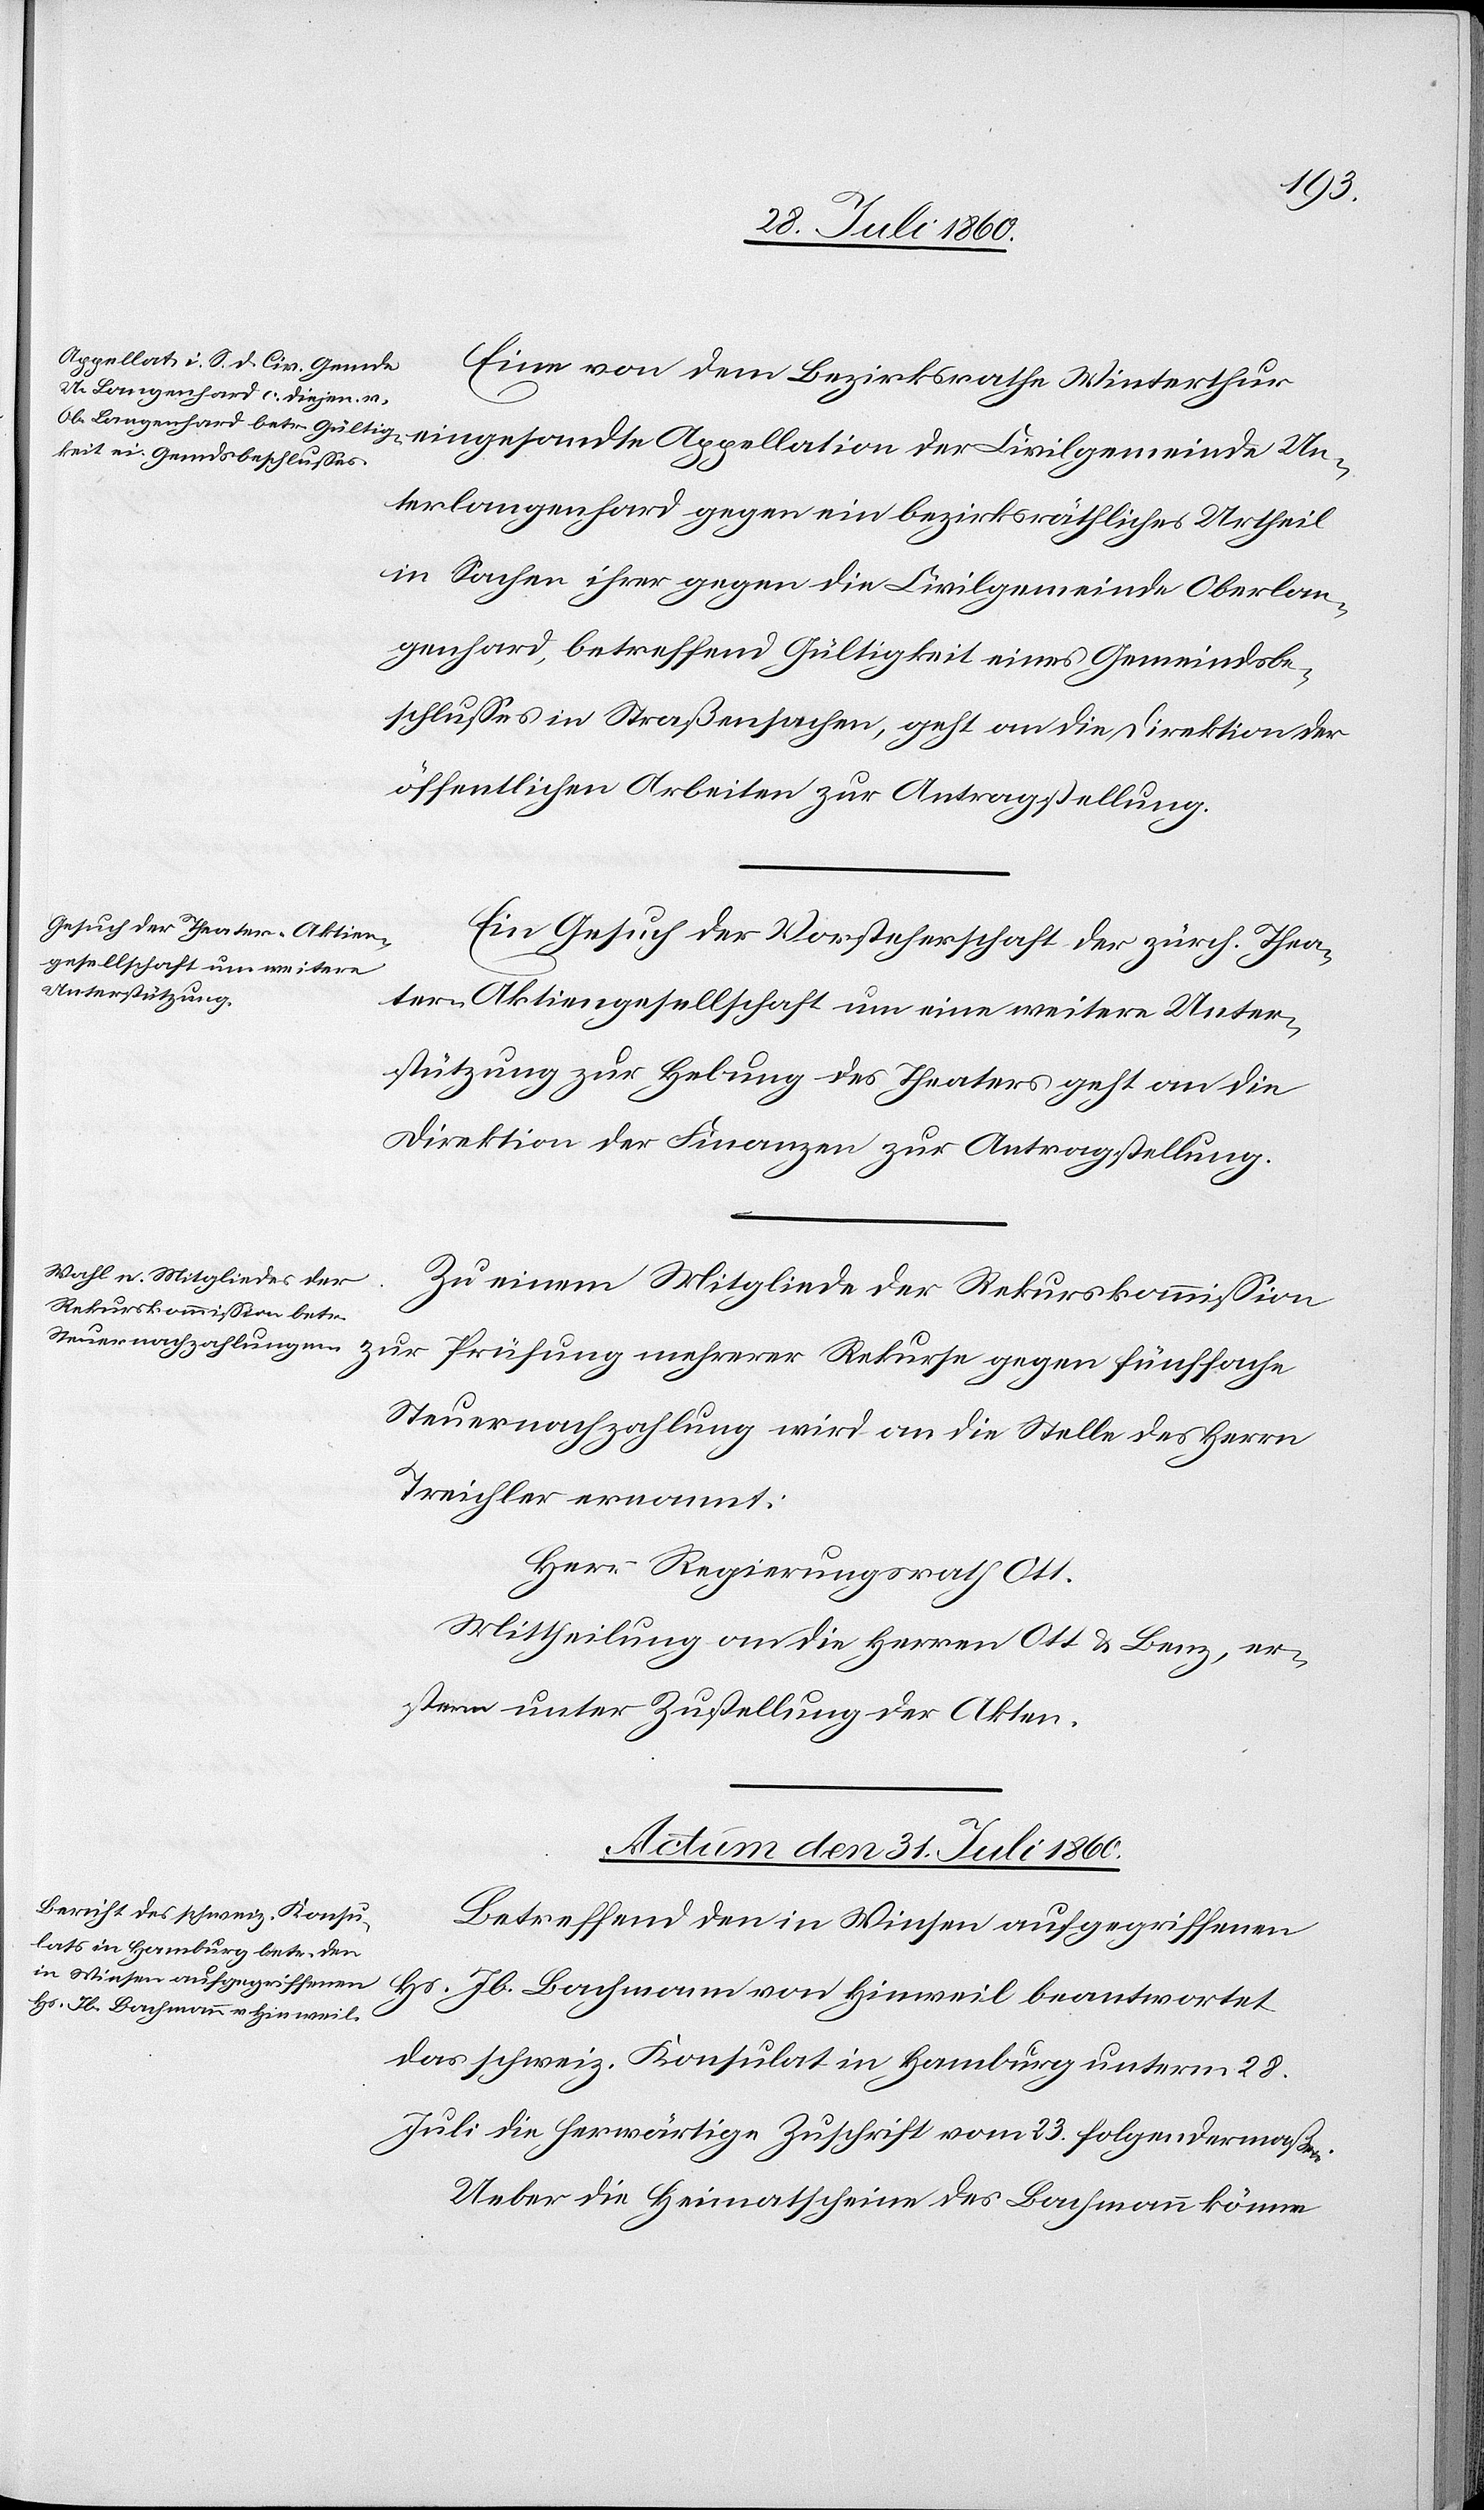
Eine von dem Bezirksrathe Winterthur
Unterlangenhard gegen ein bezirksräthliches Urtheil
in Sachen ihrer gegen die Civilgemeinde Oberlan¬
genhard betreffend Gültigkeit eines Gemeindsbe¬
schlusses in Straßensachen geht an die Direktion der
öffentlichen Arbeiten zur Antragstellung.
Ein Gesuch der Vorsteherschaft der Zürcher-Thea¬
ter-Aktiengesellschaft um eine weitere Unter¬
stützung zur Hebung des Theaters geht an die
Direktion der Finanzen zur Antragstellung.
Zu einem Mitgliede der Rekurskommission
zur Prüfung mehrerer Rekurse gegen fünffache
Steuernachzahlung wird an die Stelle des Herrn
Treichler ernannt
Herr Regierungsrath Ott.
Mittheilung an die Herren Ott und Benz, er¬
sterm unterm [sic!] Zustellung der Akten.
Actum den 31. Juli 1860.
Betreffend den in Winsen aufgegriffenen
Hs. Jb. Bachmann von Hinweil beantwortet
das schweiz. Konsulat in Hamburg unterm 28.
Juli die herwärtige Zuschrift vom 23st folgendermaßen.
Ueber die Heimatscheine des Bachmann könne